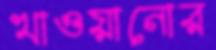
খাওয়ানোর